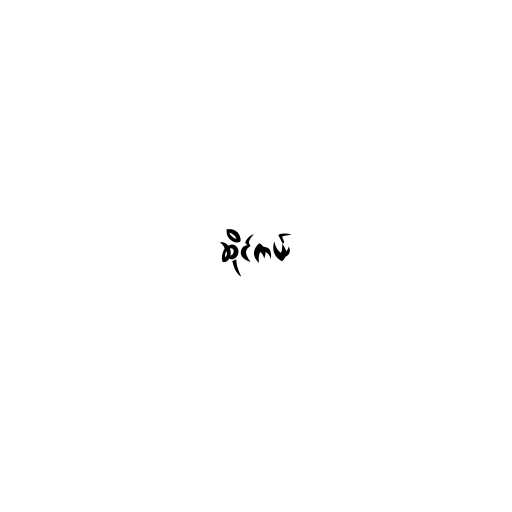
ဆိုင်ကယ်